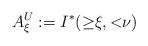
LaTeX: \begin{align*} A^U_\xi:=I^*({\ge}\xi,{<}\nu) \end{align*}